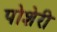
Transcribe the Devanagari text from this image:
पोशेरी